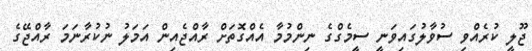
ޖޫލީ ކުރެއްވި ސުވާލުގައިވަނީ ސީމެގްގެ ނިންމުމާ އެއްގޮތަށް ރާއްޖެއިން އަމަލު ނުކުރާނަމަ ރާއްޖޭގެ